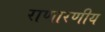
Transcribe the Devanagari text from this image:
राणारणीय